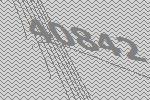
40842